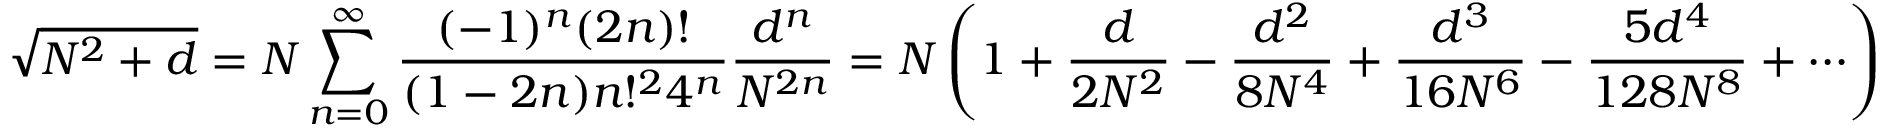
{ \sqrt { N ^ { 2 } + d } } = N \sum _ { n = 0 } ^ { \infty } { \frac { ( - 1 ) ^ { n } ( 2 n ) ! } { ( 1 - 2 n ) n ! ^ { 2 } 4 ^ { n } } } { \frac { d ^ { n } } { N ^ { 2 n } } } = N \left( 1 + { \frac { d } { 2 N ^ { 2 } } } - { \frac { d ^ { 2 } } { 8 N ^ { 4 } } } + { \frac { d ^ { 3 } } { 1 6 N ^ { 6 } } } - { \frac { 5 d ^ { 4 } } { 1 2 8 N ^ { 8 } } } + \cdots \right)